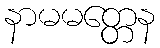
နာမမတ္တေန